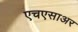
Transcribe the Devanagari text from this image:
एचएसाअर